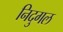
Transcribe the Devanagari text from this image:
निदुगल